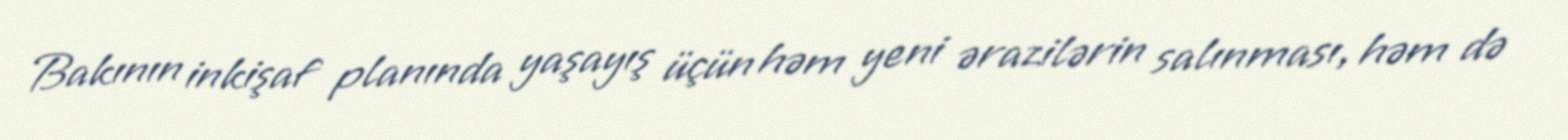
Bakının inkişaf planında yaşayış üçün həm yeni ərazilərin salınması, həm də